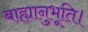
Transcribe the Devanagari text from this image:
बाह्यानुभूति।